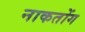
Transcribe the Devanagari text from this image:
नाकतोंग